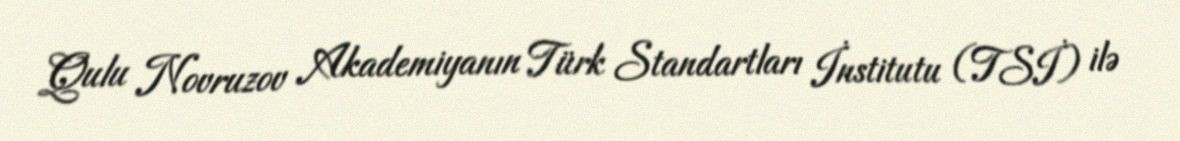
Qulu Novruzov Akademiyanın Türk Standartları İnstitutu (TSİ) ilə